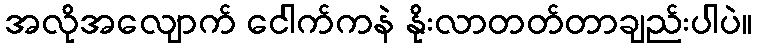
အလိုအလျောက် ငေါက်ကနဲ နိုးလာတတ်တာချည်းပါပဲ။